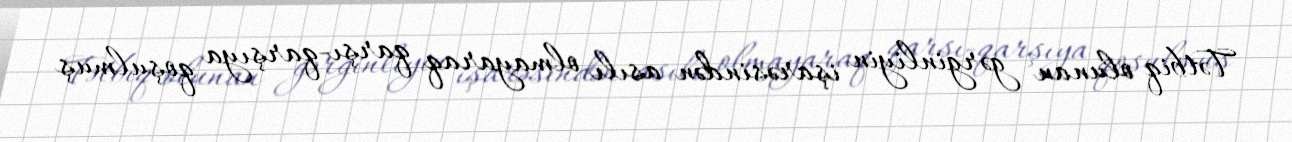
Tətbiq olunan gərginliyin işarəsindən asılı olmayaraq qarşı-qarşıya qoşulmuş